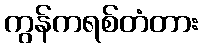
ကွန်ကရစ်တံတား